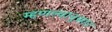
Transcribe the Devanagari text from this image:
म्हणल्यानुसार